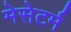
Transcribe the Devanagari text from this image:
मेसेटर्म